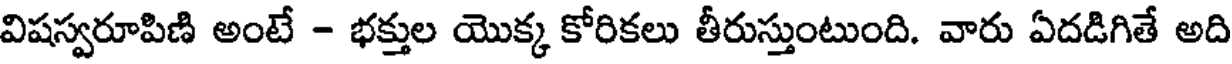
విషస్వరూపిణి అంటే - భక్తుల యొక్క కోరికలు తీరుస్తుంటుంది. వారు ఏదడిగితే అది